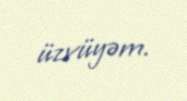
üzvüyəm.